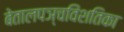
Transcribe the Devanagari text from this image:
बेतालपञ्चविंशतिका